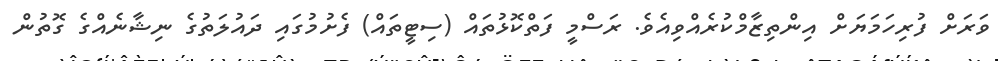
ވަރަށް ފުރިހަމަޔަށް އިންތިޒާމްކުރެއްވިއެވެ. ރަސްމީ ފަތްކޮޅުތައް (ސިޓީތައް) ފެށުމުގައި ދައުލަތުގެ ނިޝާނެއްގެ ގޮތުން